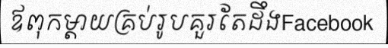
ឪពុកម្តាយគ្រប់រូបគួរតែដឹងFacebook